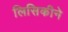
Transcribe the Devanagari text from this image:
लिसिकीने